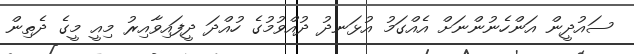
ސައުދީން އަންހެނުންނަށް އެއްގަމު އުޅަނދު ދުއްވުމުގެ ހުއްދަ ދީފައިވާއިރު މިއީ މީގެ ދެތިން